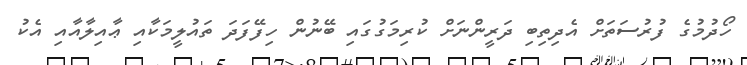
ހޯދުމުގެ ފުރުސަތަށް އެދިތިބި ދަރީންނަށް ކުރިމަގުގައި ބޭނުން ހިފޭފަދަ ތައުލީމަކާއި ޢާއިލާއާއި އެކު